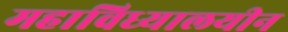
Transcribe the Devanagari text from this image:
महाविध्यालयीन